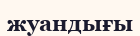
жуандығы